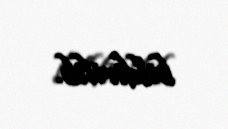
bildirilib.